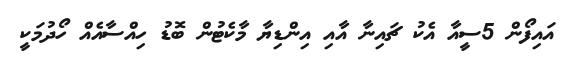
އައިފޯން 5ސީއާ އެކު ޗައިނާ އާއި އިންޑިޔާ މާކެޓުން ބޮޑު ހިއްސާއެއް ހޯދުމަކީ